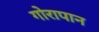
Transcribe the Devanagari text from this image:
गोरापान